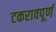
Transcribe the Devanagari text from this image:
टकरावपूर्ण